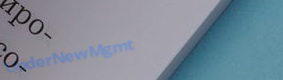
UnderNewMgmt